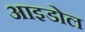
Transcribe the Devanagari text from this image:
आइडोल